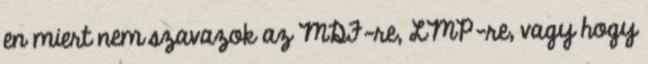
en miert nem szavazok az MDF-re, LMP-re, vagy hogy